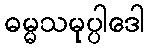
ဓမ္မသမုပ္ပါဒေါ